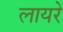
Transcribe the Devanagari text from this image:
लायरे